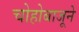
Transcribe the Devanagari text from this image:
चोहोबाजूने